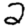
Digit: 2